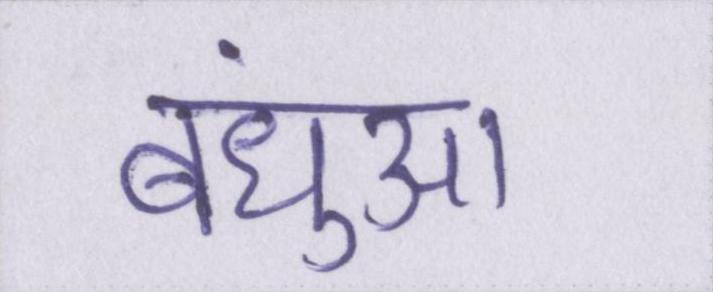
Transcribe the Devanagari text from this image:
बंधुआ